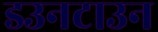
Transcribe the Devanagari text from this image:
डउनटाउन